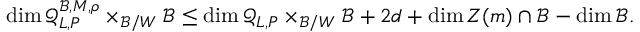
\dim \mathcal { Q } _ { \boldsymbol { L } , \boldsymbol { P } } ^ { \mathcal { B } , \boldsymbol { M } , \boldsymbol { \rho } } \times _ { \mathcal { B } / W } \mathcal { B } \le \dim \mathcal { Q } _ { \boldsymbol { L } , \boldsymbol { P } } \times _ { \mathcal { B } / W } \mathcal { B } + 2 d + \dim Z ( \boldsymbol { m } ) \cap \mathcal { B } - \dim \mathcal { B } .